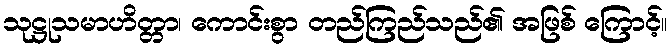
သုဋ္ဌုသမာဟိတ္တာ၊ ကောင်းစွာ တည်ကြည်သည်၏ အဖြစ် ကြောင့်။